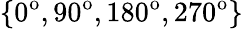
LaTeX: \{ 0^{\mathrm{o}},90^{\mathrm{o}},180^{\mathrm{o}},270^{\mathrm{o}}\}